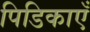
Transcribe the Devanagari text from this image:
पिडिकाएँ